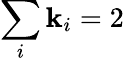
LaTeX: \sum_{i}\mathbf{k}_{i}=2